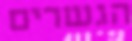
הגשרים